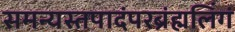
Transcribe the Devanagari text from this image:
समन्यस्तपादंपरब्रंह्मलिंगं